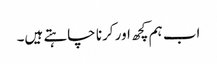
اب ہم کچھ اور کرنا چاہتے ہیں۔